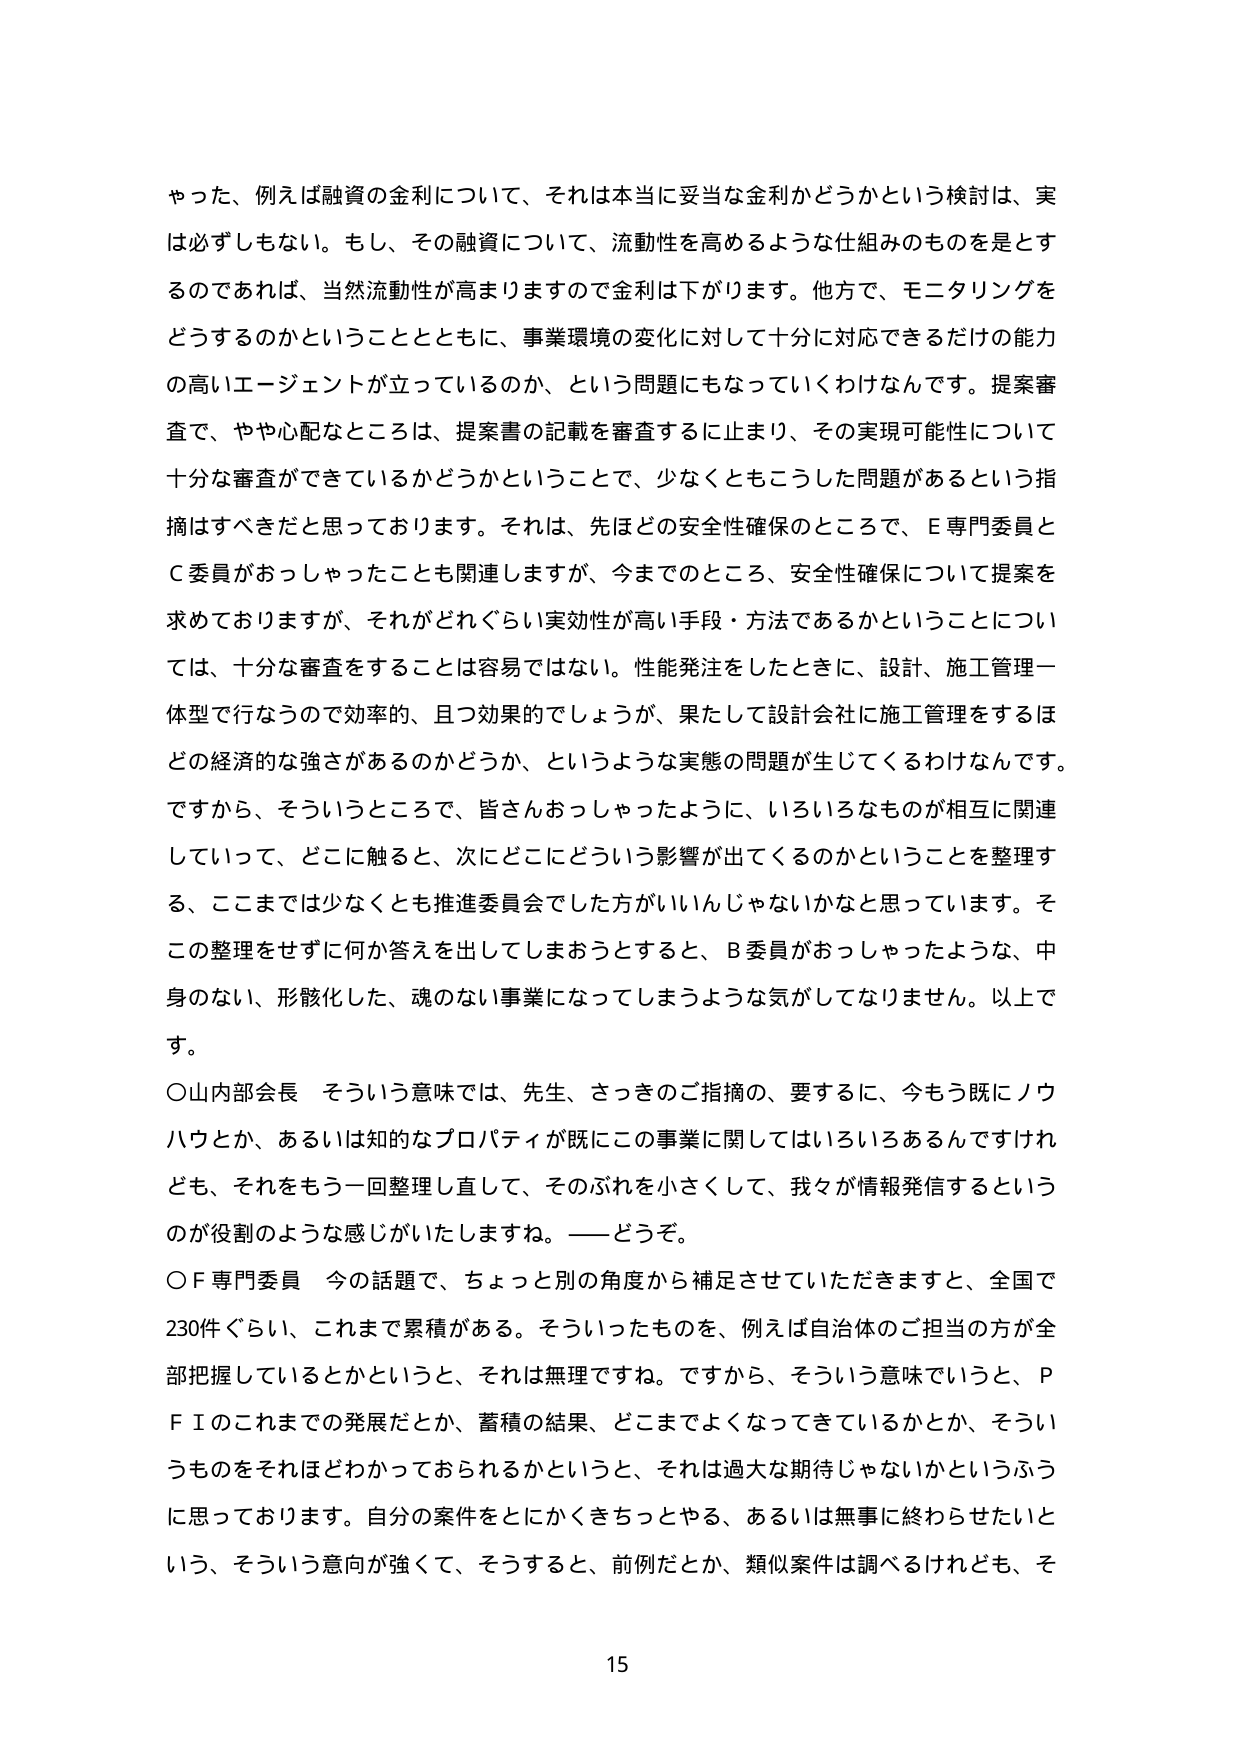
やった、例えば融資の金利について、それは本当に妥当な金利かどうかという検討は、実は必ずしもしない。もし、その融資について、流動性を高めるような仕組みのものを是とするのであれば、当然流動性が高まりますので金利は下がります。他方で、モニタリングをどうするのかということとともに、事業環境の変化に対して十分に対応できるだけの能力の高いエージェントが立っているのか、という問題にもなっていくわけなんです。提案審査で、やや心配なところは、提案書の記載を審査するに止まり、その実現可能性について十分な審査ができているかどうかということで、少なくともこうした問題があるという指摘はすべきだと思っております。それは、先ほどの安全性確保のところで、E専門委員とC委員がおっしゃったことも関連しますが、今までのところ、安全性確保について提案を求めておりますが、それがどれぐらい実効性が高い手段・方法であるかということについては、十分な審査をすることは容易ではない。性能発注をしたときに、設計、施工管理一体型で行なうので効率的、且つ効果的でしょうが、果たして設計会社に施工管理をするほどの経済的な強さがあるのかどうか、というような実態の問題が生じてくるわけなんです。ですから、そういうところで、皆さんおっしゃったように、いろいろなものが相互に関連していって、どこに触ると、次にどこにどういう影響が出てくるのかということを整理する、ここまでは少なくとも推進委員会でした方がいいんじゃないかなと思っています。そこの整理をせずに何か答えを出してしまおうとすると、B委員がおっしゃったような、中身のない、形骸化した、魂のない事業になってしまうような気がしてなりません。以上です。

○山内部会長　そういう意味では、先生、さっきのご指摘の、要するに、今もう既にノウハウとか、あるいは知的なプロパティが既にこの事業に関してはいろいろあるんですけれども、それをもう一回整理し直して、そのぶれを小さくして、我々が情報発信するというのが役割のような感じがいたしますね。――どうぞ。

○F専門委員　今の話題で、ちょっと別の角度から補足させていただきますと、全国で230件ぐらい、これまで累積がある。そういったものを、例えば自治体のご担当の方が全部把握しているとかというと、それは無理ですね。ですから、そういう意味でいうと、PFIのこれまでの発展だとか、蓄積の結果、どこまでよくなっているかとか、そういうものをそれほどわかっておられるかというと、それは過大な期待じゃないかというふうに思っております。自分の案件をとにかくきちっとやる、あるいは無事に終わらせたいという、そういう意向が強くて、そうすると、前例だとか、類似案件は調べるけれども、そ

15